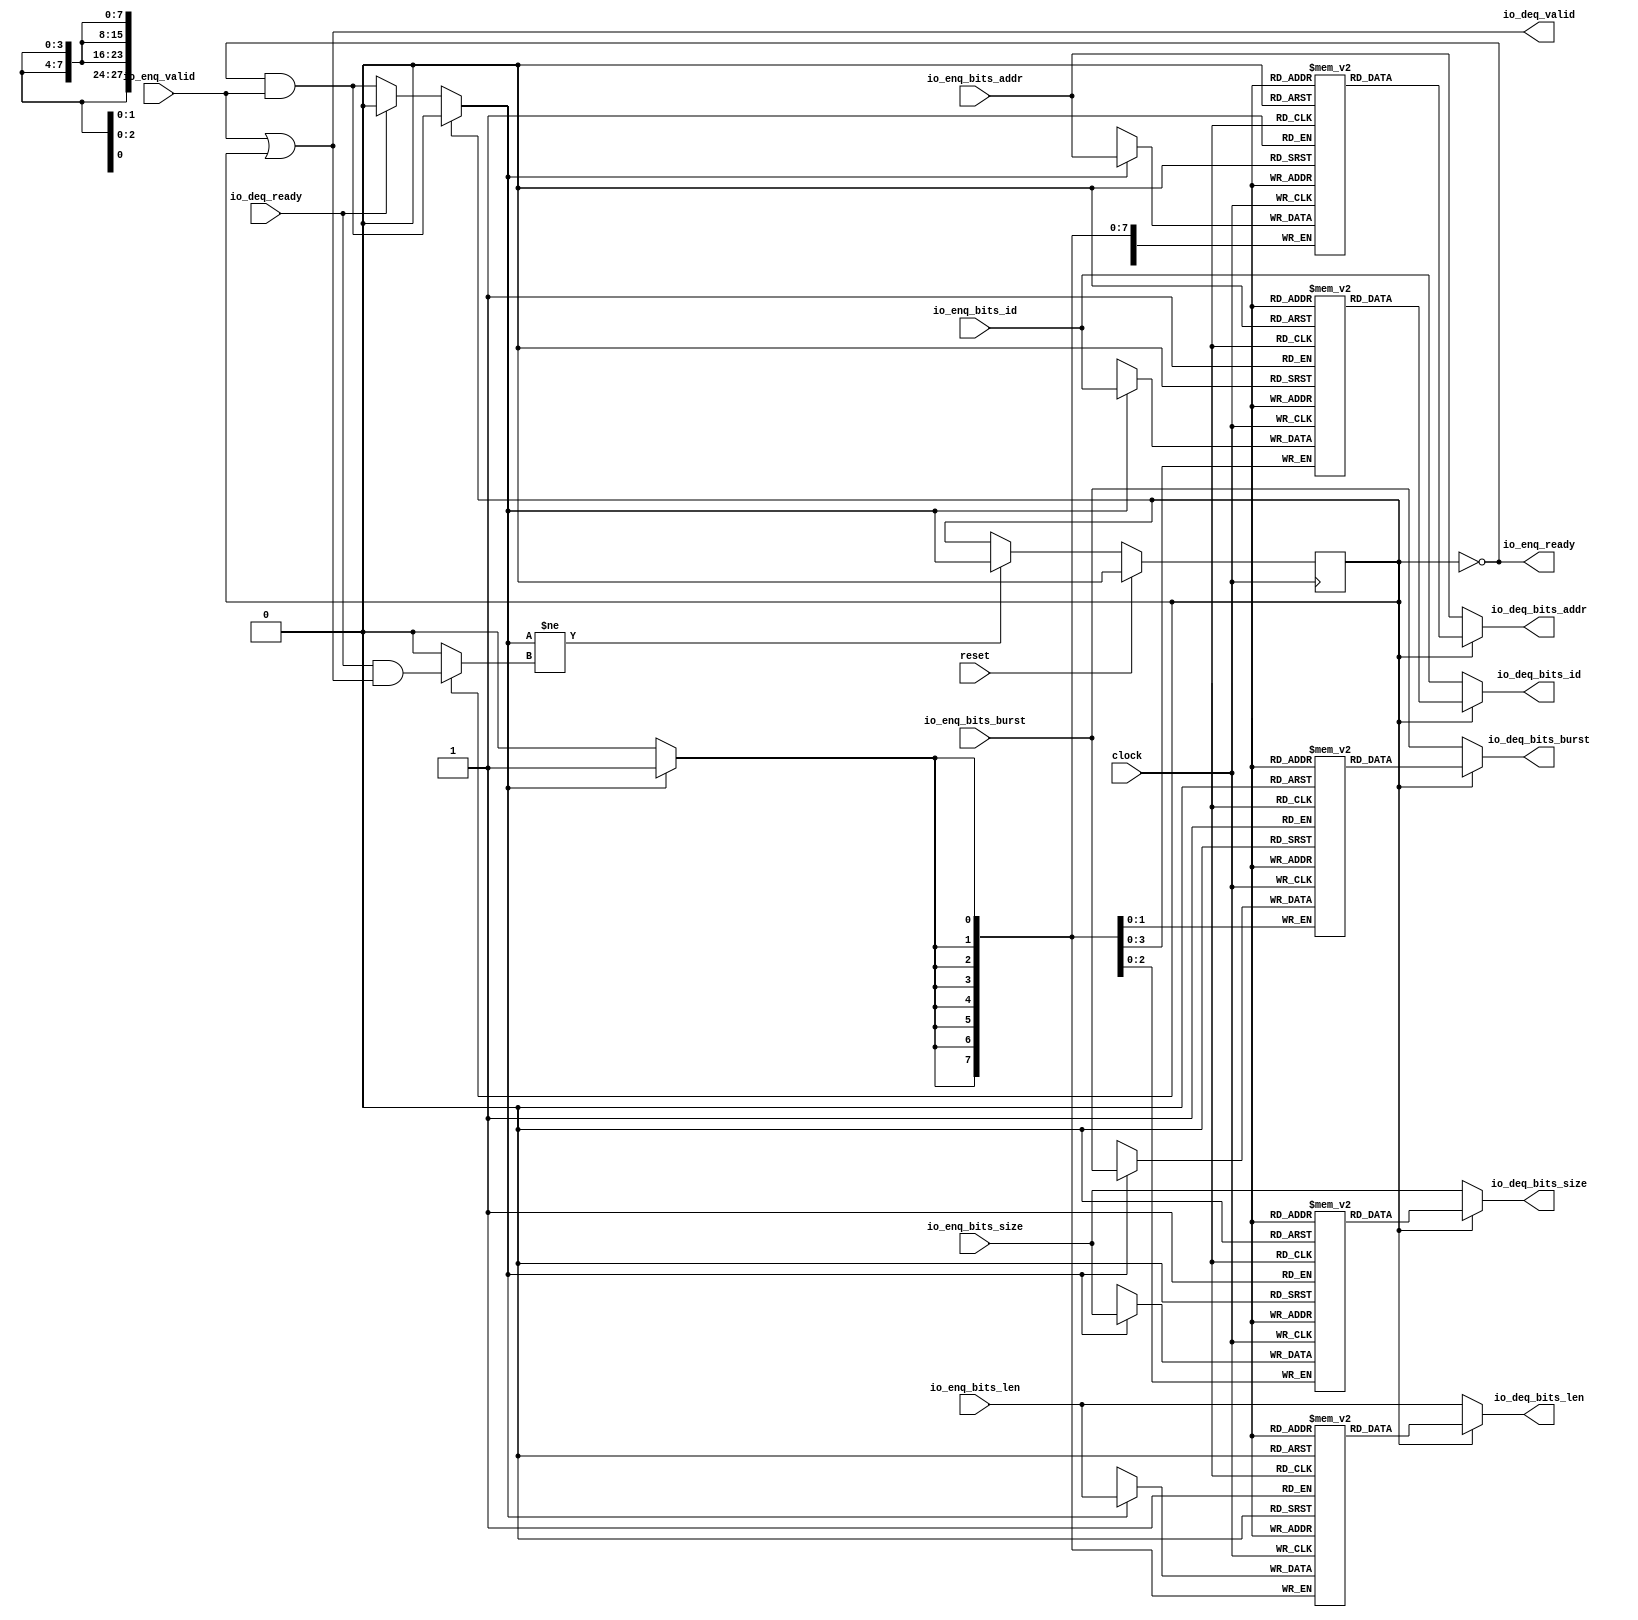
module Queue_43( // @[:freechips.rocketchip.system.DefaultRV32Config.fir@229503.2]
  input         clock, // @[:freechips.rocketchip.system.DefaultRV32Config.fir@229504.4]
  input         reset, // @[:freechips.rocketchip.system.DefaultRV32Config.fir@229505.4]
  output        io_enq_ready, // @[:freechips.rocketchip.system.DefaultRV32Config.fir@229506.4]
  input         io_enq_valid, // @[:freechips.rocketchip.system.DefaultRV32Config.fir@229506.4]
  input  [3:0]  io_enq_bits_id, // @[:freechips.rocketchip.system.DefaultRV32Config.fir@229506.4]
  input  [27:0] io_enq_bits_addr, // @[:freechips.rocketchip.system.DefaultRV32Config.fir@229506.4]
  input  [7:0]  io_enq_bits_len, // @[:freechips.rocketchip.system.DefaultRV32Config.fir@229506.4]
  input  [2:0]  io_enq_bits_size, // @[:freechips.rocketchip.system.DefaultRV32Config.fir@229506.4]
  input  [1:0]  io_enq_bits_burst, // @[:freechips.rocketchip.system.DefaultRV32Config.fir@229506.4]
  input         io_deq_ready, // @[:freechips.rocketchip.system.DefaultRV32Config.fir@229506.4]
  output        io_deq_valid, // @[:freechips.rocketchip.system.DefaultRV32Config.fir@229506.4]
  output [3:0]  io_deq_bits_id, // @[:freechips.rocketchip.system.DefaultRV32Config.fir@229506.4]
  output [27:0] io_deq_bits_addr, // @[:freechips.rocketchip.system.DefaultRV32Config.fir@229506.4]
  output [7:0]  io_deq_bits_len, // @[:freechips.rocketchip.system.DefaultRV32Config.fir@229506.4]
  output [2:0]  io_deq_bits_size, // @[:freechips.rocketchip.system.DefaultRV32Config.fir@229506.4]
  output [1:0]  io_deq_bits_burst // @[:freechips.rocketchip.system.DefaultRV32Config.fir@229506.4]
);
`ifdef RANDOMIZE_MEM_INIT
  reg [31:0] _RAND_0;
  reg [31:0] _RAND_1;
  reg [31:0] _RAND_2;
  reg [31:0] _RAND_3;
  reg [31:0] _RAND_4;
`endif // RANDOMIZE_MEM_INIT
`ifdef RANDOMIZE_REG_INIT
  reg [31:0] _RAND_5;
`endif // RANDOMIZE_REG_INIT
  reg [3:0] ram_id [0:0]; // @[Decoupled.scala 209:16:freechips.rocketchip.system.DefaultRV32Config.fir@229508.4]
  wire [3:0] ram_id__T_7_data; // @[Decoupled.scala 209:16:freechips.rocketchip.system.DefaultRV32Config.fir@229508.4]
  wire  ram_id__T_7_addr; // @[Decoupled.scala 209:16:freechips.rocketchip.system.DefaultRV32Config.fir@229508.4]
  wire [3:0] ram_id__T_3_data; // @[Decoupled.scala 209:16:freechips.rocketchip.system.DefaultRV32Config.fir@229508.4]
  wire  ram_id__T_3_addr; // @[Decoupled.scala 209:16:freechips.rocketchip.system.DefaultRV32Config.fir@229508.4]
  wire  ram_id__T_3_mask; // @[Decoupled.scala 209:16:freechips.rocketchip.system.DefaultRV32Config.fir@229508.4]
  wire  ram_id__T_3_en; // @[Decoupled.scala 209:16:freechips.rocketchip.system.DefaultRV32Config.fir@229508.4]
  reg [27:0] ram_addr [0:0]; // @[Decoupled.scala 209:16:freechips.rocketchip.system.DefaultRV32Config.fir@229508.4]
  wire [27:0] ram_addr__T_7_data; // @[Decoupled.scala 209:16:freechips.rocketchip.system.DefaultRV32Config.fir@229508.4]
  wire  ram_addr__T_7_addr; // @[Decoupled.scala 209:16:freechips.rocketchip.system.DefaultRV32Config.fir@229508.4]
  wire [27:0] ram_addr__T_3_data; // @[Decoupled.scala 209:16:freechips.rocketchip.system.DefaultRV32Config.fir@229508.4]
  wire  ram_addr__T_3_addr; // @[Decoupled.scala 209:16:freechips.rocketchip.system.DefaultRV32Config.fir@229508.4]
  wire  ram_addr__T_3_mask; // @[Decoupled.scala 209:16:freechips.rocketchip.system.DefaultRV32Config.fir@229508.4]
  wire  ram_addr__T_3_en; // @[Decoupled.scala 209:16:freechips.rocketchip.system.DefaultRV32Config.fir@229508.4]
  reg [7:0] ram_len [0:0]; // @[Decoupled.scala 209:16:freechips.rocketchip.system.DefaultRV32Config.fir@229508.4]
  wire [7:0] ram_len__T_7_data; // @[Decoupled.scala 209:16:freechips.rocketchip.system.DefaultRV32Config.fir@229508.4]
  wire  ram_len__T_7_addr; // @[Decoupled.scala 209:16:freechips.rocketchip.system.DefaultRV32Config.fir@229508.4]
  wire [7:0] ram_len__T_3_data; // @[Decoupled.scala 209:16:freechips.rocketchip.system.DefaultRV32Config.fir@229508.4]
  wire  ram_len__T_3_addr; // @[Decoupled.scala 209:16:freechips.rocketchip.system.DefaultRV32Config.fir@229508.4]
  wire  ram_len__T_3_mask; // @[Decoupled.scala 209:16:freechips.rocketchip.system.DefaultRV32Config.fir@229508.4]
  wire  ram_len__T_3_en; // @[Decoupled.scala 209:16:freechips.rocketchip.system.DefaultRV32Config.fir@229508.4]
  reg [2:0] ram_size [0:0]; // @[Decoupled.scala 209:16:freechips.rocketchip.system.DefaultRV32Config.fir@229508.4]
  wire [2:0] ram_size__T_7_data; // @[Decoupled.scala 209:16:freechips.rocketchip.system.DefaultRV32Config.fir@229508.4]
  wire  ram_size__T_7_addr; // @[Decoupled.scala 209:16:freechips.rocketchip.system.DefaultRV32Config.fir@229508.4]
  wire [2:0] ram_size__T_3_data; // @[Decoupled.scala 209:16:freechips.rocketchip.system.DefaultRV32Config.fir@229508.4]
  wire  ram_size__T_3_addr; // @[Decoupled.scala 209:16:freechips.rocketchip.system.DefaultRV32Config.fir@229508.4]
  wire  ram_size__T_3_mask; // @[Decoupled.scala 209:16:freechips.rocketchip.system.DefaultRV32Config.fir@229508.4]
  wire  ram_size__T_3_en; // @[Decoupled.scala 209:16:freechips.rocketchip.system.DefaultRV32Config.fir@229508.4]
  reg [1:0] ram_burst [0:0]; // @[Decoupled.scala 209:16:freechips.rocketchip.system.DefaultRV32Config.fir@229508.4]
  wire [1:0] ram_burst__T_7_data; // @[Decoupled.scala 209:16:freechips.rocketchip.system.DefaultRV32Config.fir@229508.4]
  wire  ram_burst__T_7_addr; // @[Decoupled.scala 209:16:freechips.rocketchip.system.DefaultRV32Config.fir@229508.4]
  wire [1:0] ram_burst__T_3_data; // @[Decoupled.scala 209:16:freechips.rocketchip.system.DefaultRV32Config.fir@229508.4]
  wire  ram_burst__T_3_addr; // @[Decoupled.scala 209:16:freechips.rocketchip.system.DefaultRV32Config.fir@229508.4]
  wire  ram_burst__T_3_mask; // @[Decoupled.scala 209:16:freechips.rocketchip.system.DefaultRV32Config.fir@229508.4]
  wire  ram_burst__T_3_en; // @[Decoupled.scala 209:16:freechips.rocketchip.system.DefaultRV32Config.fir@229508.4]
  reg  maybe_full; // @[Decoupled.scala 212:27:freechips.rocketchip.system.DefaultRV32Config.fir@229509.4]
  wire  empty; // @[Decoupled.scala 215:28:freechips.rocketchip.system.DefaultRV32Config.fir@229511.4]
  wire  _T_1; // @[Decoupled.scala 40:37:freechips.rocketchip.system.DefaultRV32Config.fir@229514.4]
  wire  _T_2; // @[Decoupled.scala 40:37:freechips.rocketchip.system.DefaultRV32Config.fir@229517.4]
  wire  _GEN_15; // @[Decoupled.scala 240:27:freechips.rocketchip.system.DefaultRV32Config.fir@229566.6]
  wire  do_enq; // @[Decoupled.scala 237:18:freechips.rocketchip.system.DefaultRV32Config.fir@229555.4]
  wire  do_deq; // @[Decoupled.scala 237:18:freechips.rocketchip.system.DefaultRV32Config.fir@229555.4]
  wire  _T_4; // @[Decoupled.scala 227:16:freechips.rocketchip.system.DefaultRV32Config.fir@229534.4]
  wire  _T_5; // @[Decoupled.scala 231:19:freechips.rocketchip.system.DefaultRV32Config.fir@229538.4]
  assign ram_id__T_7_addr = 1'h0;
  assign ram_id__T_7_data = ram_id[ram_id__T_7_addr]; // @[Decoupled.scala 209:16:freechips.rocketchip.system.DefaultRV32Config.fir@229508.4]
  assign ram_id__T_3_data = io_enq_bits_id;
  assign ram_id__T_3_addr = 1'h0;
  assign ram_id__T_3_mask = 1'h1;
  assign ram_id__T_3_en = empty ? _GEN_15 : _T_1;
  assign ram_addr__T_7_addr = 1'h0;
  assign ram_addr__T_7_data = ram_addr[ram_addr__T_7_addr]; // @[Decoupled.scala 209:16:freechips.rocketchip.system.DefaultRV32Config.fir@229508.4]
  assign ram_addr__T_3_data = io_enq_bits_addr;
  assign ram_addr__T_3_addr = 1'h0;
  assign ram_addr__T_3_mask = 1'h1;
  assign ram_addr__T_3_en = empty ? _GEN_15 : _T_1;
  assign ram_len__T_7_addr = 1'h0;
  assign ram_len__T_7_data = ram_len[ram_len__T_7_addr]; // @[Decoupled.scala 209:16:freechips.rocketchip.system.DefaultRV32Config.fir@229508.4]
  assign ram_len__T_3_data = io_enq_bits_len;
  assign ram_len__T_3_addr = 1'h0;
  assign ram_len__T_3_mask = 1'h1;
  assign ram_len__T_3_en = empty ? _GEN_15 : _T_1;
  assign ram_size__T_7_addr = 1'h0;
  assign ram_size__T_7_data = ram_size[ram_size__T_7_addr]; // @[Decoupled.scala 209:16:freechips.rocketchip.system.DefaultRV32Config.fir@229508.4]
  assign ram_size__T_3_data = io_enq_bits_size;
  assign ram_size__T_3_addr = 1'h0;
  assign ram_size__T_3_mask = 1'h1;
  assign ram_size__T_3_en = empty ? _GEN_15 : _T_1;
  assign ram_burst__T_7_addr = 1'h0;
  assign ram_burst__T_7_data = ram_burst[ram_burst__T_7_addr]; // @[Decoupled.scala 209:16:freechips.rocketchip.system.DefaultRV32Config.fir@229508.4]
  assign ram_burst__T_3_data = io_enq_bits_burst;
  assign ram_burst__T_3_addr = 1'h0;
  assign ram_burst__T_3_mask = 1'h1;
  assign ram_burst__T_3_en = empty ? _GEN_15 : _T_1;
  assign empty = ~maybe_full; // @[Decoupled.scala 215:28:freechips.rocketchip.system.DefaultRV32Config.fir@229511.4]
  assign _T_1 = io_enq_ready & io_enq_valid; // @[Decoupled.scala 40:37:freechips.rocketchip.system.DefaultRV32Config.fir@229514.4]
  assign _T_2 = io_deq_ready & io_deq_valid; // @[Decoupled.scala 40:37:freechips.rocketchip.system.DefaultRV32Config.fir@229517.4]
  assign _GEN_15 = io_deq_ready ? 1'h0 : _T_1; // @[Decoupled.scala 240:27:freechips.rocketchip.system.DefaultRV32Config.fir@229566.6]
  assign do_enq = empty ? _GEN_15 : _T_1; // @[Decoupled.scala 237:18:freechips.rocketchip.system.DefaultRV32Config.fir@229555.4]
  assign do_deq = empty ? 1'h0 : _T_2; // @[Decoupled.scala 237:18:freechips.rocketchip.system.DefaultRV32Config.fir@229555.4]
  assign _T_4 = do_enq != do_deq; // @[Decoupled.scala 227:16:freechips.rocketchip.system.DefaultRV32Config.fir@229534.4]
  assign _T_5 = ~empty; // @[Decoupled.scala 231:19:freechips.rocketchip.system.DefaultRV32Config.fir@229538.4]
  assign io_enq_ready = ~maybe_full; // @[Decoupled.scala 232:16:freechips.rocketchip.system.DefaultRV32Config.fir@229541.4]
  assign io_deq_valid = io_enq_valid | _T_5; // @[Decoupled.scala 231:16:freechips.rocketchip.system.DefaultRV32Config.fir@229539.4 Decoupled.scala 236:40:freechips.rocketchip.system.DefaultRV32Config.fir@229553.6]
  assign io_deq_bits_id = empty ? io_enq_bits_id : ram_id__T_7_data; // @[Decoupled.scala 233:15:freechips.rocketchip.system.DefaultRV32Config.fir@229551.4 Decoupled.scala 238:19:freechips.rocketchip.system.DefaultRV32Config.fir@229564.6]
  assign io_deq_bits_addr = empty ? io_enq_bits_addr : ram_addr__T_7_data; // @[Decoupled.scala 233:15:freechips.rocketchip.system.DefaultRV32Config.fir@229550.4 Decoupled.scala 238:19:freechips.rocketchip.system.DefaultRV32Config.fir@229563.6]
  assign io_deq_bits_len = empty ? io_enq_bits_len : ram_len__T_7_data; // @[Decoupled.scala 233:15:freechips.rocketchip.system.DefaultRV32Config.fir@229549.4 Decoupled.scala 238:19:freechips.rocketchip.system.DefaultRV32Config.fir@229562.6]
  assign io_deq_bits_size = empty ? io_enq_bits_size : ram_size__T_7_data; // @[Decoupled.scala 233:15:freechips.rocketchip.system.DefaultRV32Config.fir@229548.4 Decoupled.scala 238:19:freechips.rocketchip.system.DefaultRV32Config.fir@229561.6]
  assign io_deq_bits_burst = empty ? io_enq_bits_burst : ram_burst__T_7_data; // @[Decoupled.scala 233:15:freechips.rocketchip.system.DefaultRV32Config.fir@229547.4 Decoupled.scala 238:19:freechips.rocketchip.system.DefaultRV32Config.fir@229560.6]
`ifdef RANDOMIZE_GARBAGE_ASSIGN
`define RANDOMIZE
`endif
`ifdef RANDOMIZE_INVALID_ASSIGN
`define RANDOMIZE
`endif
`ifdef RANDOMIZE_REG_INIT
`define RANDOMIZE
`endif
`ifdef RANDOMIZE_MEM_INIT
`define RANDOMIZE
`endif
`ifndef RANDOM
`define RANDOM $random
`endif
`ifdef RANDOMIZE_MEM_INIT
  integer initvar;
`endif
`ifndef SYNTHESIS
`ifdef FIRRTL_BEFORE_INITIAL
`FIRRTL_BEFORE_INITIAL
`endif
initial begin
  `ifdef RANDOMIZE
    `ifdef INIT_RANDOM
      `INIT_RANDOM
    `endif
    `ifndef VERILATOR
      `ifdef RANDOMIZE_DELAY
        #`RANDOMIZE_DELAY begin end
      `else
        #0.002 begin end
      `endif
    `endif
`ifdef RANDOMIZE_MEM_INIT
  _RAND_0 = {1{`RANDOM}};
  for (initvar = 0; initvar < 1; initvar = initvar+1)
    ram_id[initvar] = _RAND_0[3:0];
  _RAND_1 = {1{`RANDOM}};
  for (initvar = 0; initvar < 1; initvar = initvar+1)
    ram_addr[initvar] = _RAND_1[27:0];
  _RAND_2 = {1{`RANDOM}};
  for (initvar = 0; initvar < 1; initvar = initvar+1)
    ram_len[initvar] = _RAND_2[7:0];
  _RAND_3 = {1{`RANDOM}};
  for (initvar = 0; initvar < 1; initvar = initvar+1)
    ram_size[initvar] = _RAND_3[2:0];
  _RAND_4 = {1{`RANDOM}};
  for (initvar = 0; initvar < 1; initvar = initvar+1)
    ram_burst[initvar] = _RAND_4[1:0];
`endif // RANDOMIZE_MEM_INIT
`ifdef RANDOMIZE_REG_INIT
  _RAND_5 = {1{`RANDOM}};
  maybe_full = _RAND_5[0:0];
`endif // RANDOMIZE_REG_INIT
  `endif // RANDOMIZE
end // initial
`ifdef FIRRTL_AFTER_INITIAL
`FIRRTL_AFTER_INITIAL
`endif
`endif // SYNTHESIS
  always @(posedge clock) begin
    if(ram_id__T_3_en & ram_id__T_3_mask) begin
      ram_id[ram_id__T_3_addr] <= ram_id__T_3_data; // @[Decoupled.scala 209:16:freechips.rocketchip.system.DefaultRV32Config.fir@229508.4]
    end
    if(ram_addr__T_3_en & ram_addr__T_3_mask) begin
      ram_addr[ram_addr__T_3_addr] <= ram_addr__T_3_data; // @[Decoupled.scala 209:16:freechips.rocketchip.system.DefaultRV32Config.fir@229508.4]
    end
    if(ram_len__T_3_en & ram_len__T_3_mask) begin
      ram_len[ram_len__T_3_addr] <= ram_len__T_3_data; // @[Decoupled.scala 209:16:freechips.rocketchip.system.DefaultRV32Config.fir@229508.4]
    end
    if(ram_size__T_3_en & ram_size__T_3_mask) begin
      ram_size[ram_size__T_3_addr] <= ram_size__T_3_data; // @[Decoupled.scala 209:16:freechips.rocketchip.system.DefaultRV32Config.fir@229508.4]
    end
    if(ram_burst__T_3_en & ram_burst__T_3_mask) begin
      ram_burst[ram_burst__T_3_addr] <= ram_burst__T_3_data; // @[Decoupled.scala 209:16:freechips.rocketchip.system.DefaultRV32Config.fir@229508.4]
    end
    if (reset) begin
      maybe_full <= 1'h0;
    end else if (_T_4) begin
      if (empty) begin
        if (io_deq_ready) begin
          maybe_full <= 1'h0;
        end else begin
          maybe_full <= _T_1;
        end
      end else begin
        maybe_full <= _T_1;
      end
    end
  end
endmodule